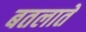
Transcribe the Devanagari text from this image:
बतलातें